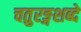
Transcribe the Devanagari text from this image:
चतुरङ्गशब्दे